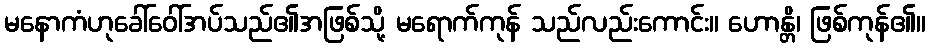
မနောကံဟုခေါ်ဝေါ်အပ်သည်၏အဖြစ်သို့ မရောက်ကုန် သည်လည်းကောင်း။ ဟောန္တိ၊ ဖြစ်ကုန်၏။